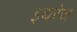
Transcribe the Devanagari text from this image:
इथरेज